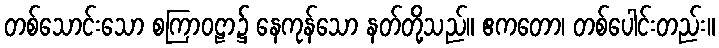
တစ်သောင်းသော စကြာဝဠာ၌ နေကုန်သော နတ်တို့သည်။ ဧကတော၊ တစ်ပေါင်းတည်း။